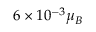
6 \times 1 0 ^ { - 3 } \mu _ { B }